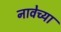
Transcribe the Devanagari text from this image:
नावेच्या